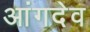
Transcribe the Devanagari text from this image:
आंगदेव